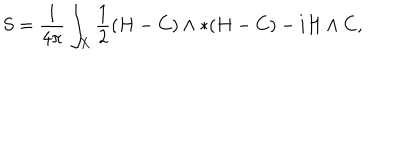
S = \frac { 1 } { 4 \pi } \int _ { X } \frac { 1 } { 2 } ( H - C ) \wedge * ( H - C ) - i H \wedge C ,